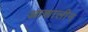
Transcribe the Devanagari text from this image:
आशालीन